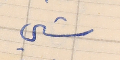
شي